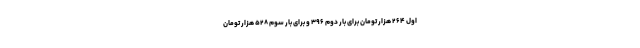
اول ۲۶۴ هزار تومان برای بار دوم ۳۹۶ و برای بار سوم ۵۲۸ هزار تومان